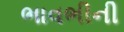
ભાવભીની